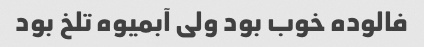
فالوده خوب بود ولی آبمیوه تلخ بود